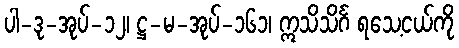
ပါ-ဒု-အုပ်-၁၂၊ ဋ္ဌ-မ-အုပ်-၁၆၁၊ ဣသိသိင်္ဂ ရသေ့ငယ်ကို